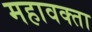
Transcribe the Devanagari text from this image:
महावक्ता